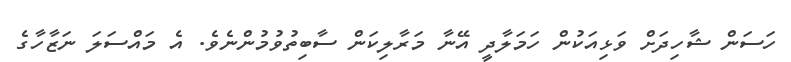
ހަސަން ޝާހިދަށް ވަޅިއަކުން ހަމަލާދީ އޭނާ މަރާލިކަން ސާބިތުވުމުންނެވެ. އެ މައްސަލަ ނަޒާހާގެ